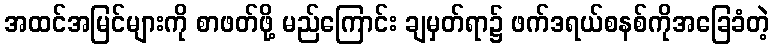
အထင်အမြင်များကို စာဖတ်ဖို့ မည်ကြောင်း ချမှတ်ရာ၌ ဖက်ဒရယ်စနစ်ကိုအခြေခံတဲ့